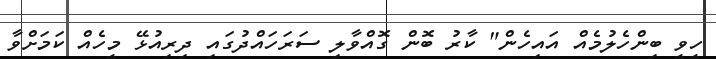
ހީވީ ބިންހެލުމެއް އައިހެން" ކާރު ބޮން ގޮއްވާލި ސަރަހައްދުގައި ދިރިއުޅޭ މީހެއް ކަމަށްވާ